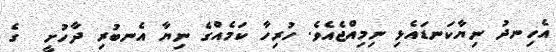
އެހިނދު ނިޔާކަނޑައެޅި ނިމިއްޖެއެވެ. ހުރިހާ ކަމެއްގެ ނިޔާ އެނބުރި ދާހުށީ  ގެ